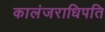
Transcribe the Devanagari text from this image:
कालंजराधिपति